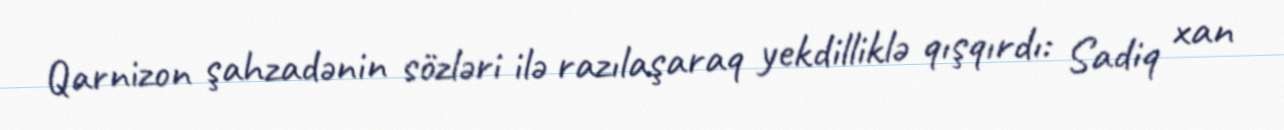
Qarnizon şahzadənin sözləri ilə razılaşaraq yekdilliklə qışqırdı: Sadiq xan